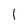
Character: l